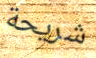
شريحة